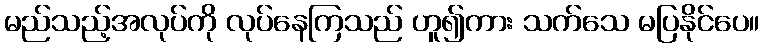
မည်သည့်အလုပ်ကို လုပ်နေကြသည် ဟူ၍ကား သက်သေ မပြနိုင်ပေ။